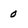
Character: 0